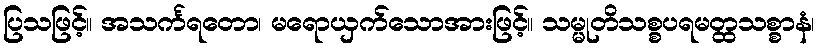
ပြသဖြင့်။ အသင်္ကရတော၊ မရောယှက်သောအားဖြင့်။ သမ္မုတိသစ္စပရမတ္ထသစ္စာနံ၊